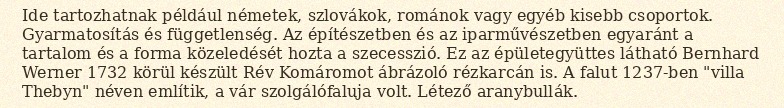
Ide tartozhatnak például németek, szlovákok, románok vagy egyéb kisebb csoportok. Gyarmatosítás és függetlenség. Az építészetben és az iparművészetben egyaránt a tartalom és a forma közeledését hozta a szecesszió. Ez az épületegyüttes látható Bernhard Werner 1732 körül készült Rév Komáromot ábrázoló rézkarcán is. A falut 1237-ben "villa Thebyn" néven említik, a vár szolgálófaluja volt. Létező aranybullák.